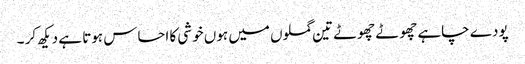
پودے چاہے چھوٹے چھوٹے تین گملوں میں ہوں خوشی کا احساس ہوتا ہے دیکھ کر ۔